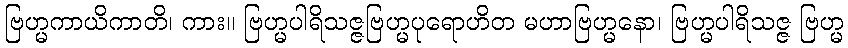
ဗြဟ္မကာယိကာတိ၊ ကား။ ဗြဟ္မပါရိသဇ္ဇဗြဟ္မပုရောဟိတ မဟာဗြဟ္မနော၊ ဗြဟ္မပါရိသဇ္ဇ ဗြဟ္မ